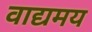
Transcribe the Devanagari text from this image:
वाद्यमय